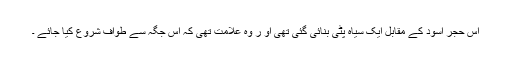
اس حجر اسود کے مقابل ایک سیاہ پٹی بنائی گئی تھی او ر وہ علامت تھی کہ اس جگہ سے طواف شروع کیا جائے ۔